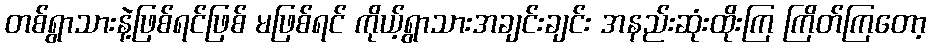
တစ်ရွာသားနဲ့ဖြစ်ရင်ဖြစ် မဖြစ်ရင် ကိုယ့်ရွာသားအချင်းချင်း အနည်းဆုံးထိုးကြ ကြိတ်ကြတော့